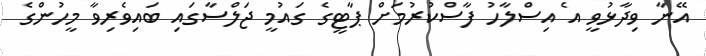
އޭނާ ވިދާޅުވީ އެ އިސްލާހު ފާސްކުރުމަށް ޕާޓީގެ ގައުމީ ޖަލްސާގައި ބައިވެރިވާ މީހުންގެ